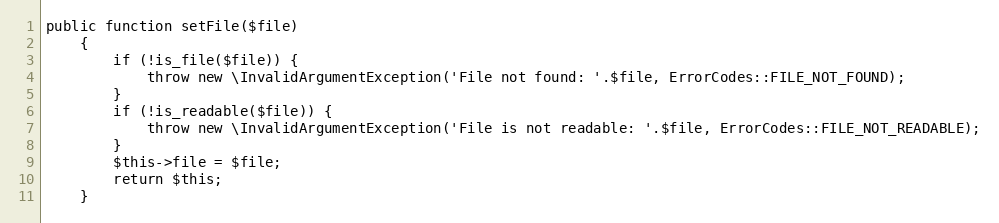
Language: PHP
public function setFile($file)
    {
        if (!is_file($file)) {
            throw new \InvalidArgumentException('File not found: '.$file, ErrorCodes::FILE_NOT_FOUND);
        }
        if (!is_readable($file)) {
            throw new \InvalidArgumentException('File is not readable: '.$file, ErrorCodes::FILE_NOT_READABLE);
        }
        $this->file = $file;
        return $this;
    }